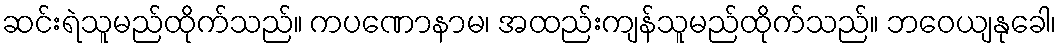
ဆင်းရဲသူမည်ထိုက်သည်။ ကပဏောနာမ၊ အထည်းကျန်သူမည်ထိုက်သည်။ ဘဝေယျနုခေါ၊